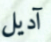
آديل